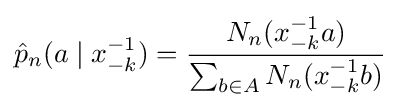
{\hat {p}}_{n}(a\mid x_{-k}^{-1})={\frac {N_{n}(x_{-k}^{-1}a)}{\sum _{b\in A}N_{n}(x_{-k}^{-1}b)}}